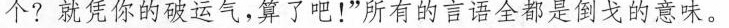
个?就凭你的破运气,算了吧!”所有的言语全都是倒戈的意味。